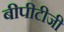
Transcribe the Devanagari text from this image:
बीपीटीजी